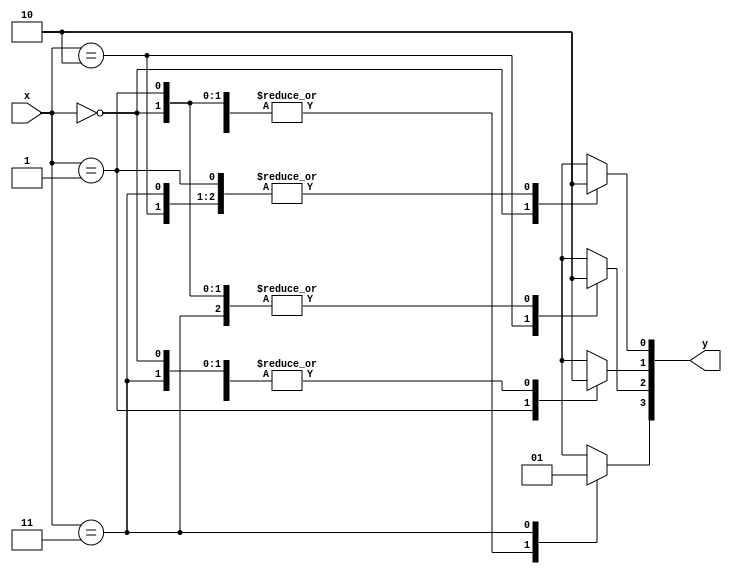
module decoder_24(
    input [1:0] x,
    output reg [3:0] y
    );
    
       always @ (*)
     begin : mux
     y=4'b0000;
     case(x)
     
     2'b00  :  y[0] = 1'b1;
     2'b01  :  y[1] = 1'b1;
     2'b10  :  y[2] = 1'b1;
     2'b11  :  y[3] = 1'b1;
     
     endcase
     end
    
endmodule